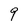
Character: 9